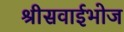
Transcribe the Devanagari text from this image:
श्रीसवाईभोज